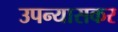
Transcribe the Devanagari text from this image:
उपन्यासकर